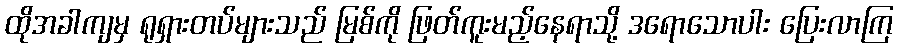
ထိုအခါကျမှ ရုရှားတပ်များသည် မြစ်ကို ဖြတ်ကူးမည့်နေရာသို့ ဒရောသောပါး ပြေးလာကြ